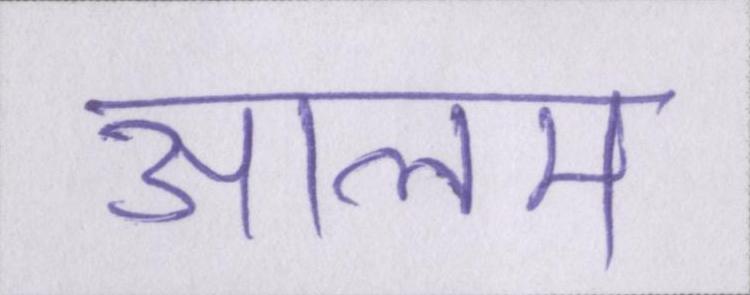
आलम